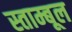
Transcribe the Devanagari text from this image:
स्ताम्बूल